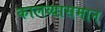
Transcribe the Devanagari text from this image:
कालव्यासमान